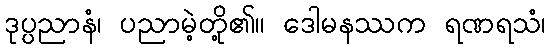
ဒုပ္ပညာနံ၊ ပညာမဲ့တို့၏။ ဒေါမနဿက ရဏရသံ၊